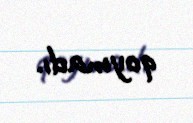
qoymadı.